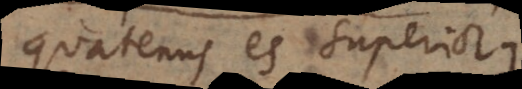
quatenus es superior.